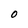
Character: 0